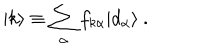
LaTeX: | k \rangle \equiv \sum _ { \alpha } f _ { k \alpha } | d _ { \alpha } \rangle ~ .